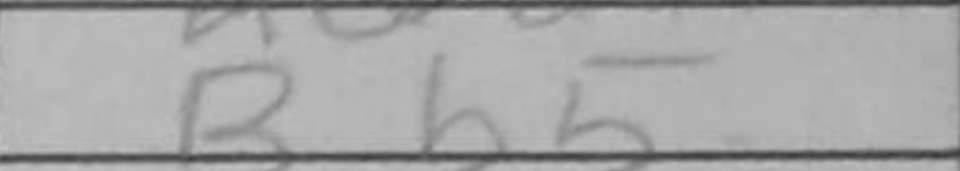
Transcription: Bb5